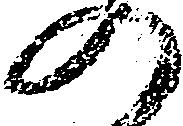
の